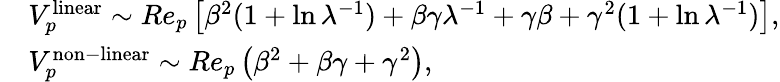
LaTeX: \begin{array}{rl}&{V_{p}^{\mathrm{linear}}\sim Re_{p}\left[\beta^{2}(1+\ln\lambda^{-1})+\beta\gamma\lambda^{-1}+\gamma\beta+\gamma^{2}(1+\ln\lambda^{-1})\right],}\\ &{V_{p}^{\mathrm{non-linear}}\sim Re_{p}\left(\beta^{2}+\beta\gamma+\gamma^{2}\right),}\end{array}